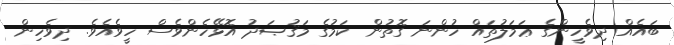
ބައެއް ދިވެހީންގެ ޢަމަލުތައް ހުންނަ ގޮތުން ކަމުގެ މަޤުޞަދު އޮޅޭހެންވެސް ހީވެއެވެ. ދިވެހިން